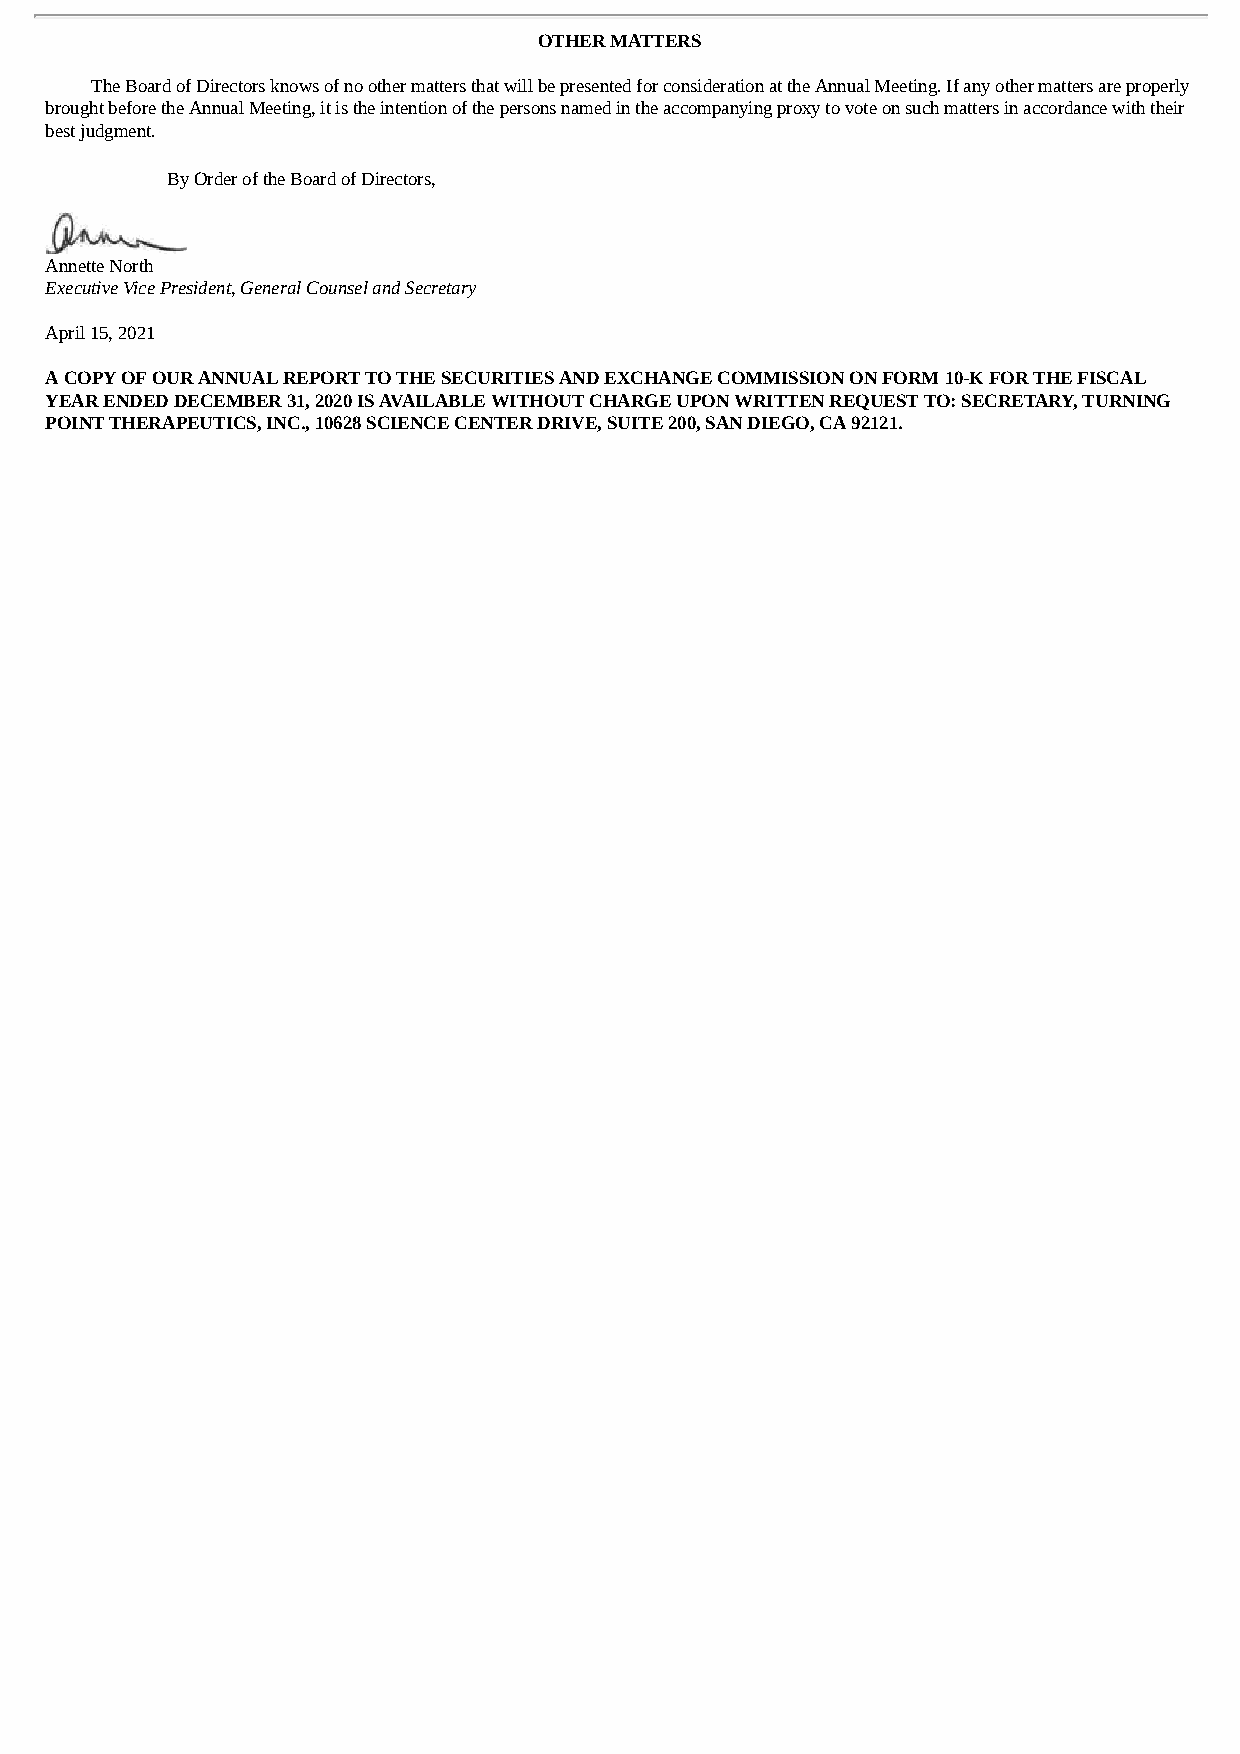
OTHER MATTERS
 The Board of Directors knows of no other matters that will be presented for consideration at the Annual Meeting. If any other matters are properly
 brought before the Annual Meeting, it is the intention of the persons named in the accompanying proxy to vote on such matters in accordance with their
 best judgment.
 By Order of the Board of Directors,
 Annette North
 Executive Vice President, General Counsel and Secretary
 April 15, 2021
 A COPY OF OUR ANNUAL REPORT TO THE SECURITIES AND EXCHANGE COMMISSION ON FORM 10-K FOR THE FISCAL
 YEAR ENDED DECEMBER 31, 2020 IS AVAILABLE WITHOUT CHARGE UPON WRITTEN REQUEST TO: SECRETARY, TURNING
 POINT THERAPEUTICS, INC., 10628 SCIENCE CENTER DRIVE, SUITE 200, SAN DIEGO, CA 92121.